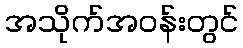
အသိုက်အဝန်းတွင်